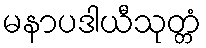
မနာပဒါယီသုတ္တံ